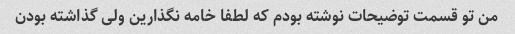
من تو قسمت توضیحات نوشته بودم که لطفا خامه نگذارین ولی گذاشته بودن